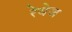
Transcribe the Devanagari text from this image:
रेयेज